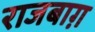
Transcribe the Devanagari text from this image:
राजबाग़